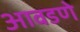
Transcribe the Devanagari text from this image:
आवडणे